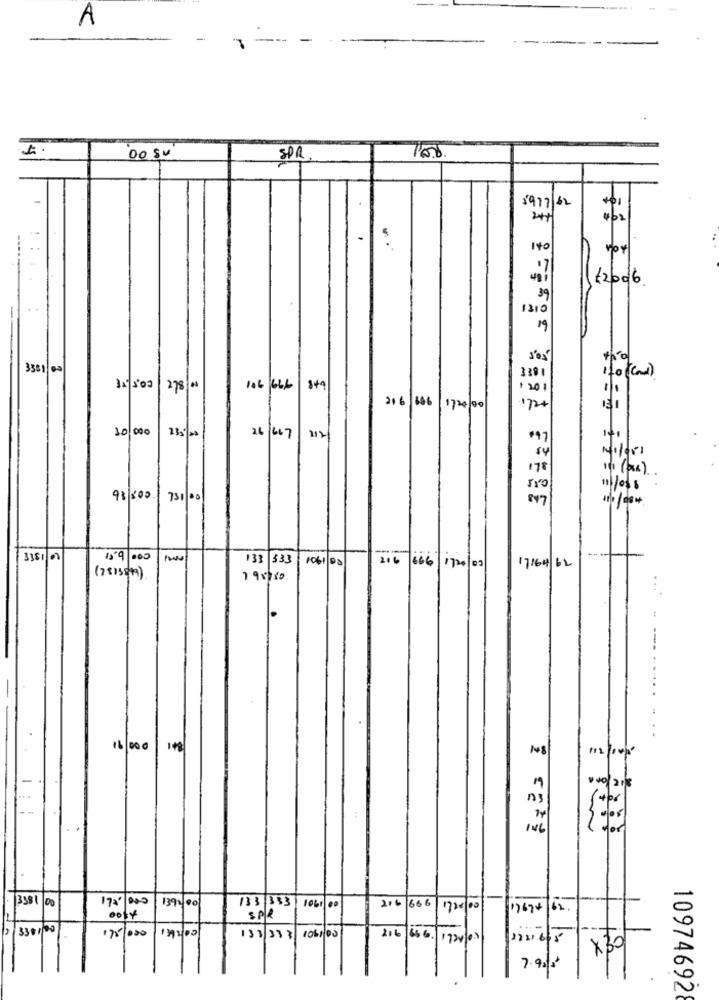
A
00 SU
SPR.
-
1977/62
244
4/2
.
..
140
17
12006
39
1310
19
3381 00
3301
if0(and)
106 666
$+4
1201
216 146 1724 00
1724
30 000
2667
312
Milder
s4
178
in ( pax).
93 300.
751 00
847
3381/00
15'9 000
133 333
1061/00
216 666
1/20/09
17164/62
(7813592)
195750
...
16 000
148
148
100/2/3
n
vor
3581 00
139400
216
666
175/200
133 333
1720/00
1767#|62 .
3307/00
106100
COLACL
282
138 333
216 666.
2721.665
X30
7.9218
10974692